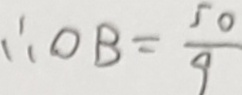
\therefore O B = \frac { 5 0 } { 9 }